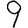
Digit: 9